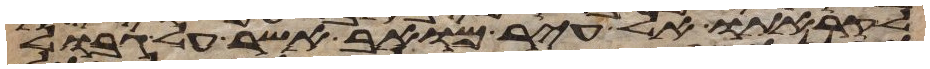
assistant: לקראתו אל עיר מואב אשר על גבול